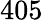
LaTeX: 405